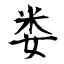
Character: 娄